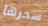
سحرها